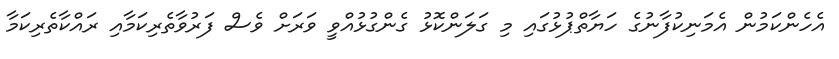
އެހެންކަމުން އެމަނިކުފާނުގެ ހަޔާތްޕުޅުގައި މި ގަލަންކޮޅު ގެންގުޅުއްވީ ވަރަށް ވެސް ފަރުވާތެރިކަމާއި ރައްކާތެރިކަމާ